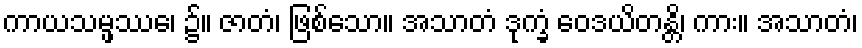
ကာယသမ္ဖဿေ၊ ၌။ ဇာတံ၊ ဖြစ်သော။ အသာတံ ဒုက္ခံ ဝေဒယိတန္တိ၊ ကား။ အသာတံ၊